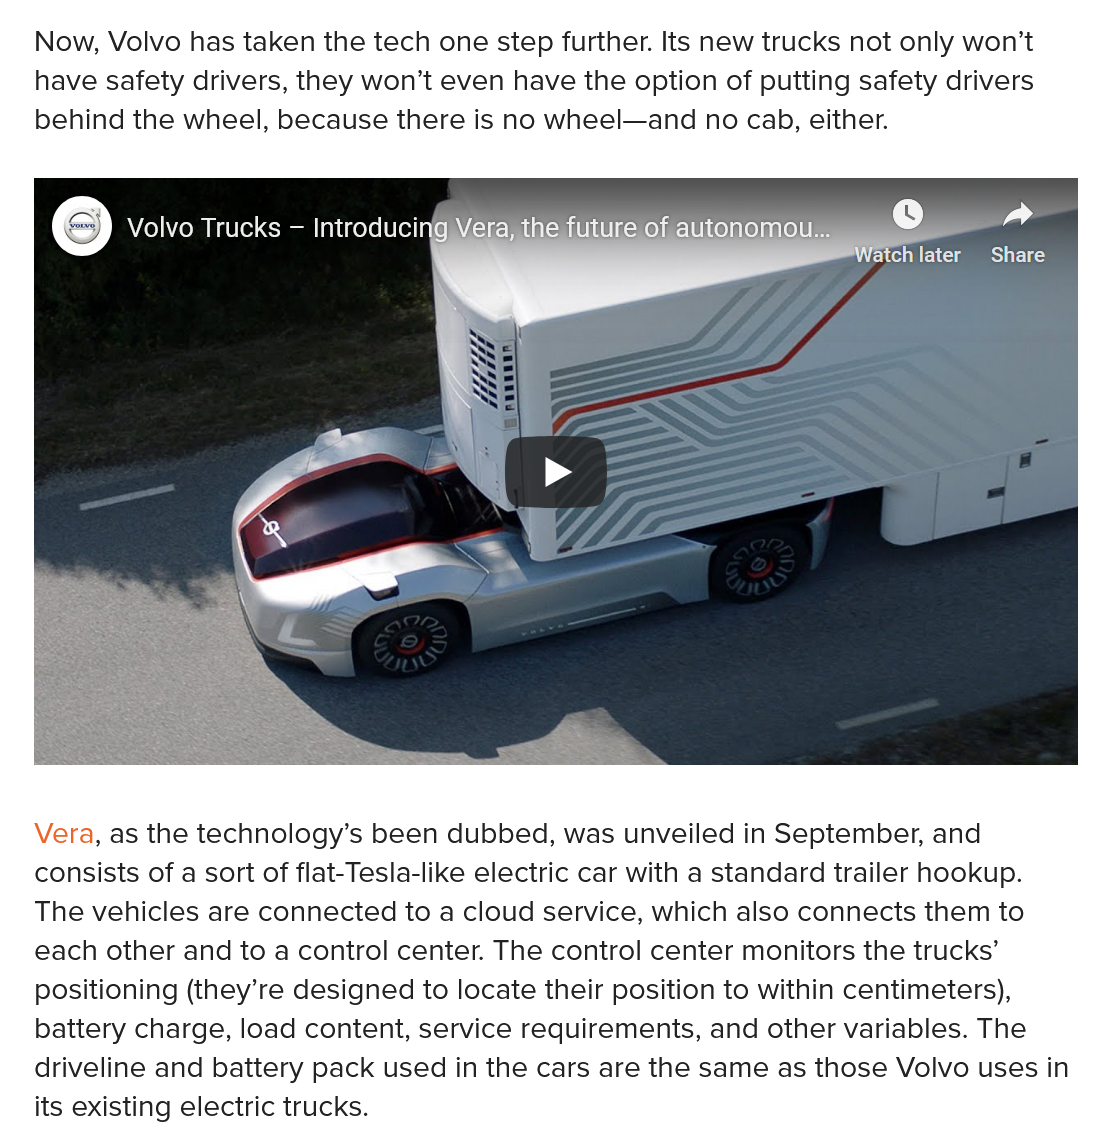
Now, Volvo has taken the tech one step further. Its new trucks not only won’t
   have safety drivers, they won’t even have the option of putting safety drivers
   behind the wheel, because there is no wheel—and no cab, either.
    SS)   Volvo Trucks — Introduci
   Vera, as the technology’s been dubbed, was unveiled in September, and
   consists of a sort of flat-Tesla-like electric car with a standard trailer hookup.
   The vehicles are connected to a cloud service, which also connects them to
   each other and to a control center. The control center monitors the trucks’
   positioning (they’re designed to locate their position to within centimeters),
   battery charge, load content, service requirements, and other variables. The
   driveline and battery pack used in the cars are the same as those Volvo uses in
   its existing electric trucks.